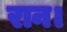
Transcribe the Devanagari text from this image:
रान।